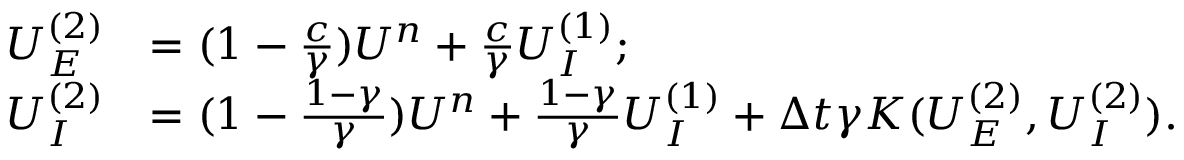
\begin{array} { r l } { U _ { E } ^ { ( 2 ) } } & { = ( 1 - \frac { c } { \gamma } ) U ^ { n } + \frac { c } { \gamma } U _ { I } ^ { ( 1 ) } ; } \\ { U _ { I } ^ { ( 2 ) } } & { = ( 1 - \frac { 1 - \gamma } { \gamma } ) U ^ { n } + \frac { 1 - \gamma } { \gamma } U _ { I } ^ { ( 1 ) } + \Delta t \gamma K ( U _ { E } ^ { ( 2 ) } , U _ { I } ^ { ( 2 ) } ) . } \end{array}